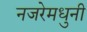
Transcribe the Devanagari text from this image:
नजरेमधुनी